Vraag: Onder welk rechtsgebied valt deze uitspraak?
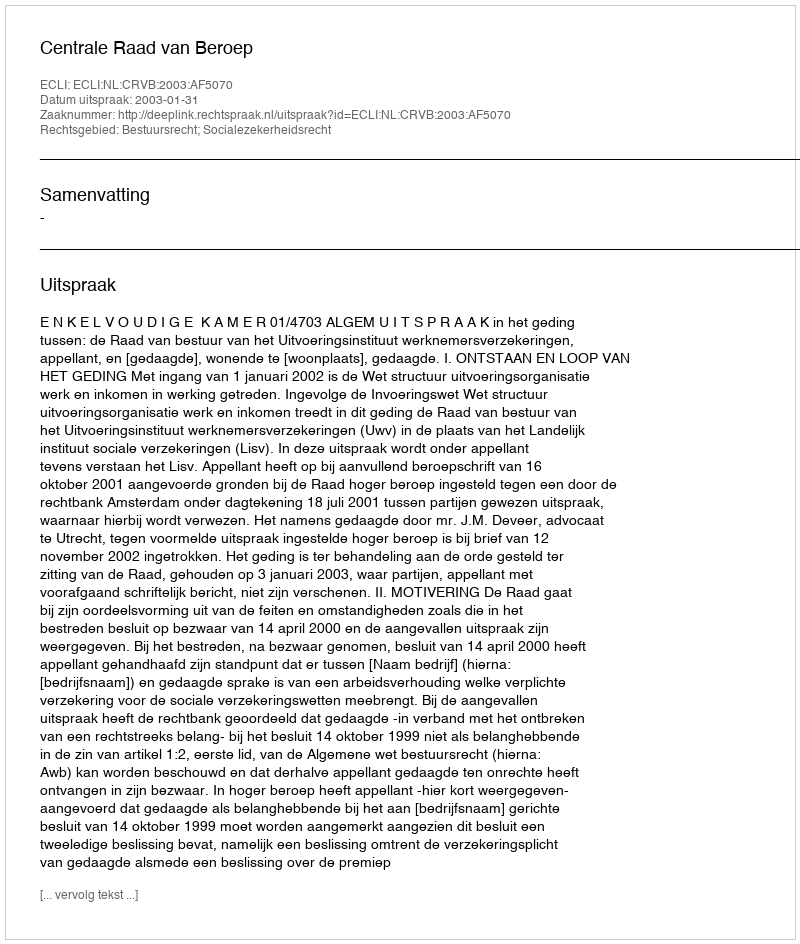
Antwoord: Bestuursrecht; Socialezekerheidsrecht